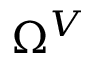
\Omega ^ { V }